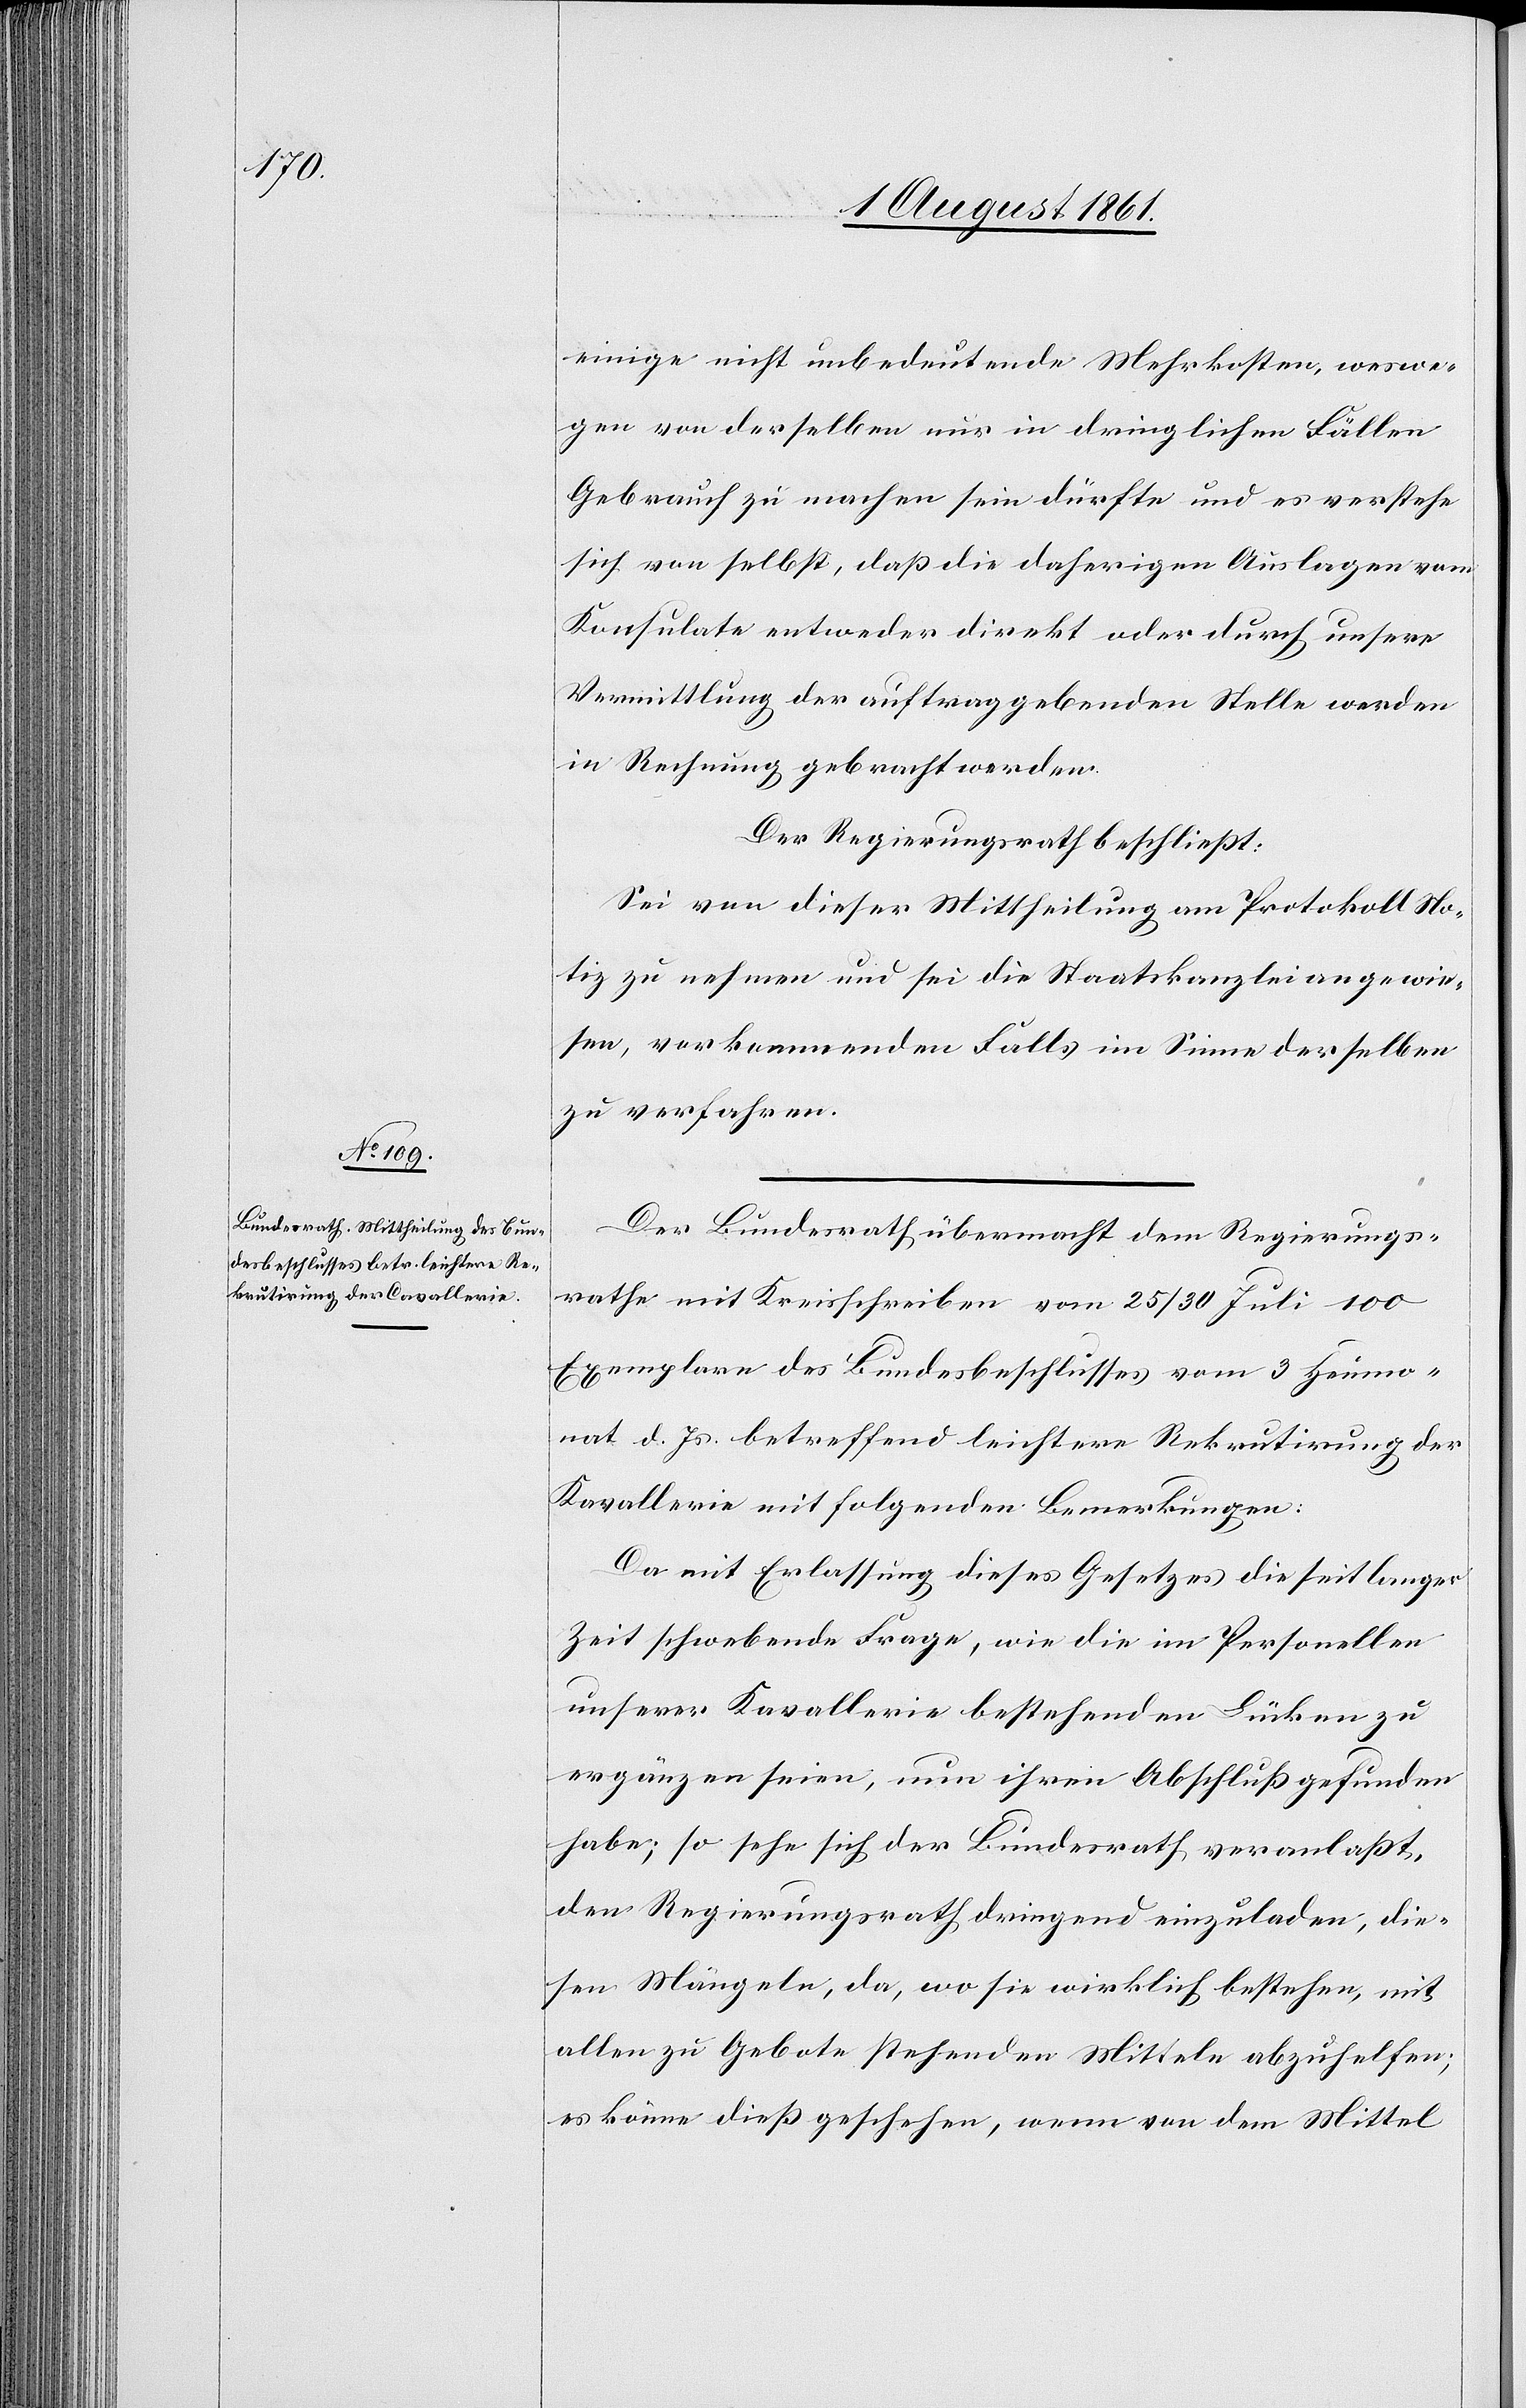
einige nicht unbedeutende Mehrkosten, weswe¬
gen von derselben nur in dringlichen Fällen
Gebrauch zu machen sein dürfte und es verstehe
sich von selbst, daß die bisherigen Auslagen vom
in Rechnung gebracht werden.
Der Regierungsrath beschließt:
Sei von dieser Mittheilung am Protokoll No¬
tiz zu nehmen und sei die Staatskanzlei angewie¬
sen, vorkommenden Falls im Sinne derselben
zu verfahren.
der
Der Bundesrath übermacht dem Regierungs¬
rathe mit Kreisschreiben vom 25/30 Juli 100
Exemplare des Bundesbeschlusses vom 3 Heumo¬
nat d. Js. betreffend leichtere Rekrutirung der
Kavallerie mit folgenden Bemerkungen:
Da mit Erlassung dieses Gesetzes die seit langer
Zeit schwebende Frage, wie die im Personellen
unserer Kavallerie bestehenden Lücken zu
ergänzen seien, nun ihren Abschluß gefunden
habe; so sehe sich der Bundesrath veranlaßt,
den Regierungsrath dringend einzuladen, die¬
sen Mängeln, da, wo sie wirklich bestehen, mit
allen zu Gebote stehenden Mitteln abzuhelfen;
es könne dieß geschehen, wenn von dem Mittel